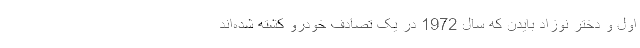
اول و دختر نوزاد بایدن که سال 1972 در یک تصادف خودرو کشته شده‌اند